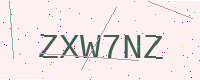
Text: ZXW7NZ